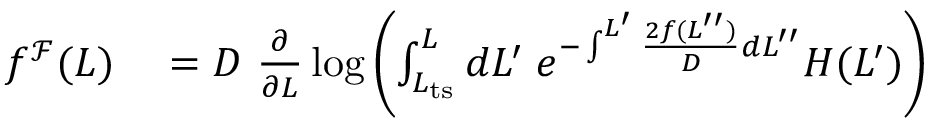
\begin{array} { r l } { f ^ { \mathcal { F } } ( L ) } & { { } = D \ \frac { \partial } { \partial L } \log \left( \int _ { L _ { \mathrm { t s } } } ^ { L } d L ^ { \prime } \; e ^ { - \int ^ { L ^ { \prime } } \frac { 2 f ( L ^ { \prime \prime } ) } { D } d L ^ { \prime \prime } } H ( L ^ { \prime } ) \right) } \end{array}